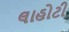
લાહોટી